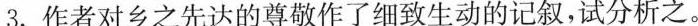
3. 作者对相知先达的尊敬作了细致生动的记述，试分析之。